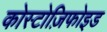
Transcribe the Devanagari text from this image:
कोस्टोज़िफोइड